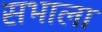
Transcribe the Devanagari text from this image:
सभाला